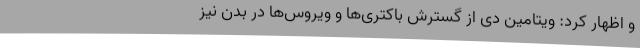
و اظهار کرد: ویتامین دی از گسترش باکتری‌ها و ویروس‌ها در بدن نیز